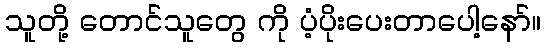
သူတို့ တောင်သူတွေ ကို ပံ့ပိုးပေးတာပေါ့နော်။